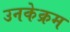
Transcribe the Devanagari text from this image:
उनकेक्रम